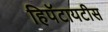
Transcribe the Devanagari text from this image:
हिपॅटायटीस